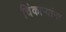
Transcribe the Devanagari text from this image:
चिंकाऱ्यांना